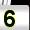
Digit: 5